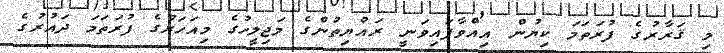
މި ޤަރާރުގެ ފުރަތަމަ ކިޔުން އިއްވާފައިވަނީ ރައްޔިތުންގެ މަޖިލީހުގެ މިއަހަރުގެ ފުރަތަމަ ދައުރުގެ